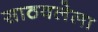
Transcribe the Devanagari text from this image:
साठवलेला